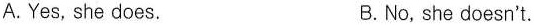
A.Yes, she does. B.No, she doesn't.